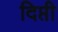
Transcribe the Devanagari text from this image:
दिप्ती